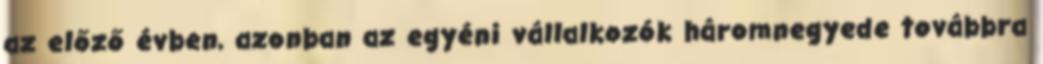
az előző évben, azonban az egyéni vállalkozók háromnegyede továbbra